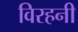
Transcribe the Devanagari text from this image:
विरहनी